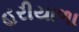
હરીયાળા